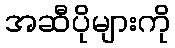
အဆီပိုများကို